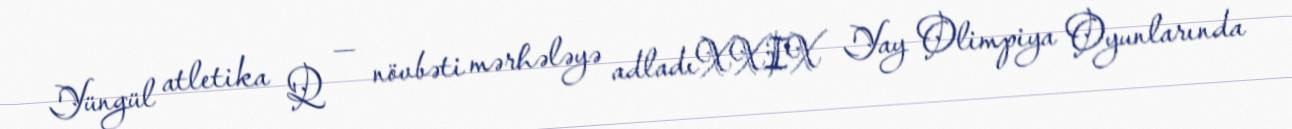
Yüngül atletika Q — növbəti mərhələyə adladıXXIX Yay Olimpiya Oyunlarında